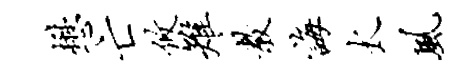
懋亡攸雉教诲太风